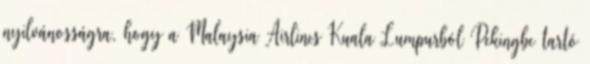
nyilvánosságra, hogy a Malaysia Airlines Kuala Lumpurból Pekingbe tartó